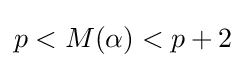
p<M(\alpha )<p+2